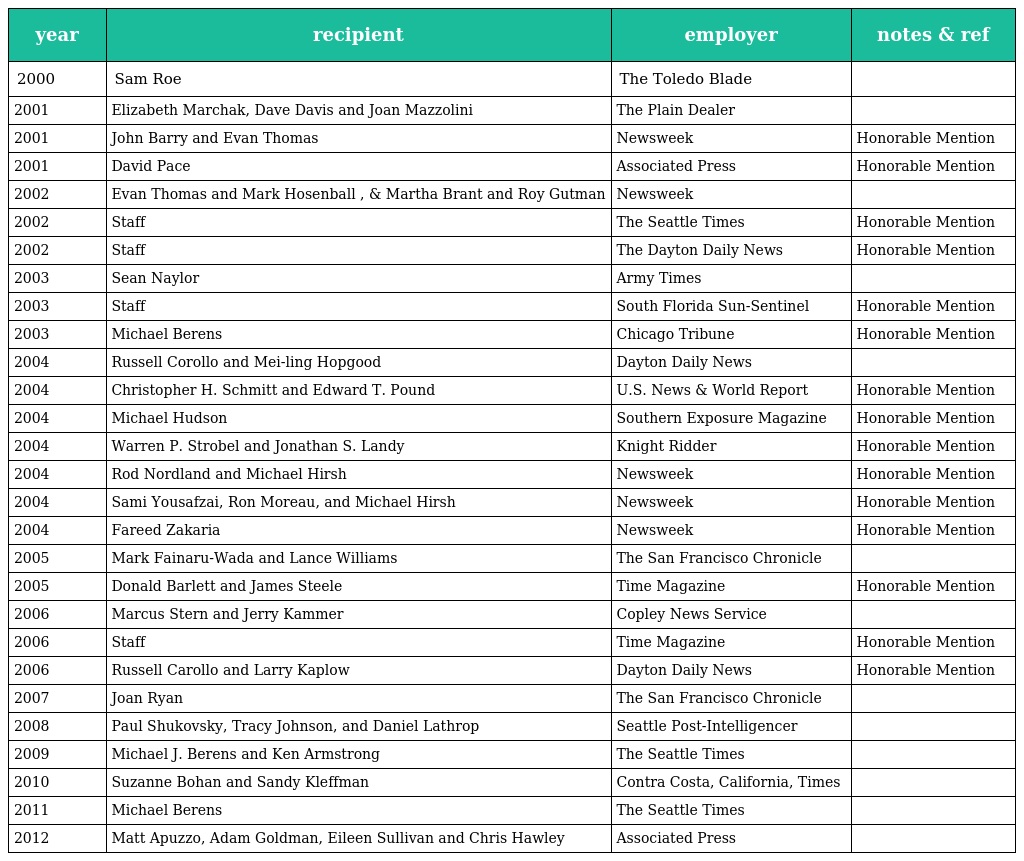
| year | recipient | employer | notes & ref |
 | --- | --- | --- | --- |
 | 2000 | Sam Roe | The Toledo Blade |  |
 | 2001 | Elizabeth Marchak, Dave Davis and Joan Mazzolini | The Plain Dealer |  |
 | 2001 | John Barry and Evan Thomas | Newsweek | Honorable Mention |
 | 2001 | David Pace | Associated Press | Honorable Mention |
 | 2002 | Evan Thomas and Mark Hosenball , & Martha Brant and Roy Gutman | Newsweek |  |
 | 2002 | Staff | The Seattle Times | Honorable Mention |
 | 2002 | Staff | The Dayton Daily News | Honorable Mention |
 | 2003 | Sean Naylor | Army Times |  |
 | 2003 | Staff | South Florida Sun-Sentinel | Honorable Mention |
 | 2003 | Michael Berens | Chicago Tribune | Honorable Mention |
 | 2004 | Russell Corollo and Mei-ling Hopgood | Dayton Daily News |  |
 | 2004 | Christopher H. Schmitt and Edward T. Pound | U.S. News & World Report | Honorable Mention |
 | 2004 | Michael Hudson | Southern Exposure Magazine | Honorable Mention |
 | 2004 | Warren P. Strobel and Jonathan S. Landy | Knight Ridder | Honorable Mention |
 | 2004 | Rod Nordland and Michael Hirsh | Newsweek | Honorable Mention |
 | 2004 | Sami Yousafzai, Ron Moreau, and Michael Hirsh | Newsweek | Honorable Mention |
 | 2004 | Fareed Zakaria | Newsweek | Honorable Mention |
 | 2005 | Mark Fainaru-Wada and Lance Williams | The San Francisco Chronicle |  |
 | 2005 | Donald Barlett and James Steele | Time Magazine | Honorable Mention |
 | 2006 | Marcus Stern and Jerry Kammer | Copley News Service |  |
 | 2006 | Staff | Time Magazine | Honorable Mention |
 | 2006 | Russell Carollo and Larry Kaplow | Dayton Daily News | Honorable Mention |
 | 2007 | Joan Ryan | The San Francisco Chronicle |  |
 | 2008 | Paul Shukovsky, Tracy Johnson, and Daniel Lathrop | Seattle Post-Intelligencer |  |
 | 2009 | Michael J. Berens and Ken Armstrong | The Seattle Times |  |
 | 2010 | Suzanne Bohan and Sandy Kleffman | Contra Costa, California, Times |  |
 | 2011 | Michael Berens | The Seattle Times |  |
 | 2012 | Matt Apuzzo, Adam Goldman, Eileen Sullivan and Chris Hawley | Associated Press |  |